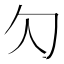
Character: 勽